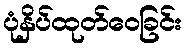
ပုံနှိပ်ထုတ်ဝေခြင်း